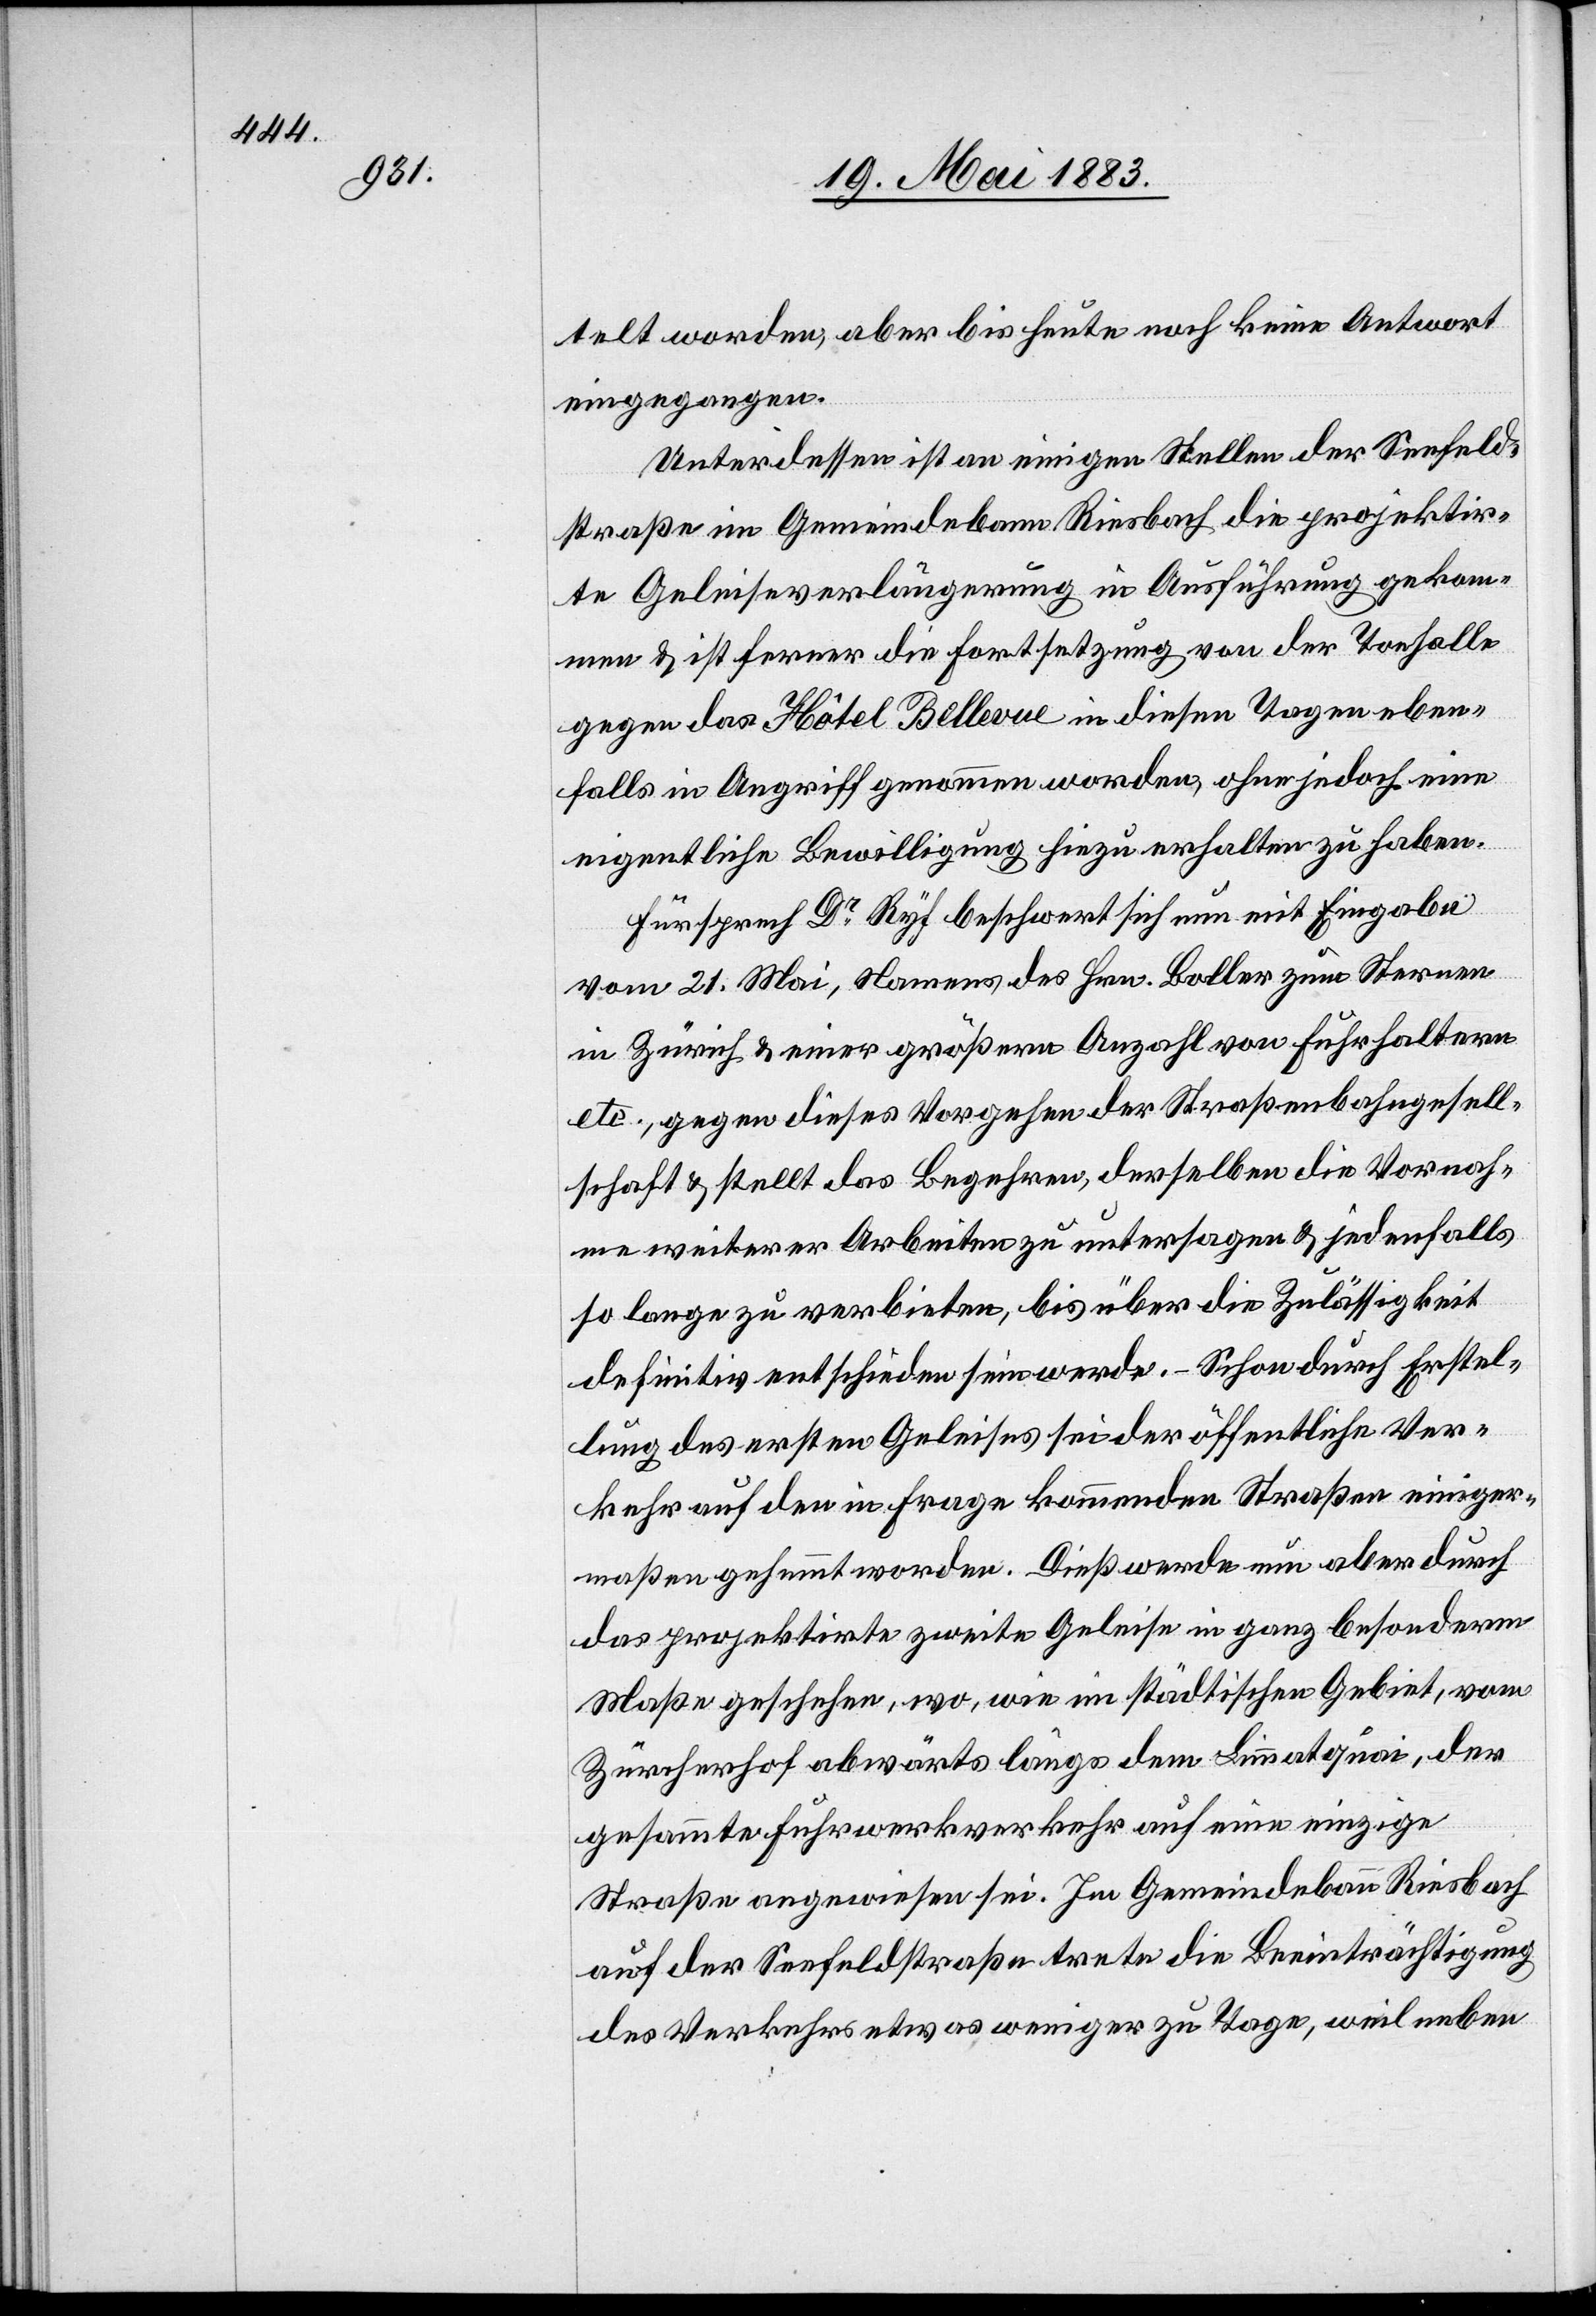
telt worden, aber bis heute noch keine Antwort
eingegangen.
Unterdessen ist an einigen Stellen der Seefeld¬
straße im Gemeindebann Riesbach die projektir¬
te Geleisverlängerung in Ausführung gekom¬
men & ist ferner die Fortsetzung von der Tonhalle
gegen das Hôtel Bellevue in diesen Tagen eben¬
falls in Angriff genommen worden, ohne jedoch eine
eigentliche Bewilligung hiezu erhalten zu haben.
Fürsprech Dr Ryf beschwert sich nun mit Eingabe
vom 21. Mai, Namens des Hrn. Boller zum Sternen
in Zürich & einer größern Anzahl von Fuhrhaltern
etc., gegen dieses Vorgehen der Straßenbahngesell¬
schaft & stellt das Begehren, derselben die Vornah¬
me weiterer Arbeiten zu untersagen & jedenfalls
so lange zu verbieten, bis über die Zulässigkeit
definitiv entschieden sein werde. Schon durch Erstel¬
lung des ersten Geleises sei der öffentliche Ver¬
kehr auf den in Frage kommenden Straßen einiger¬
maßen gehemmt worden. Dieß werde nun aber durch
das projektirte zweite Geleise in ganz besonderem
Maße geschehen, wo, wie im städtischen Gebiet, vom
Zürcherhof abwärts längs dem Limmatquai, der
gesammte Fuhrwerkverkehr auf eine einzige
Straße angewiesen sei. Im Gemeindebann Riesbach
auf der Seefeldstraße trete die Beeinträchtigung
des Verkehrs etwas weniger zu Tage, weil neben